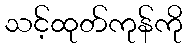
သင့်ထုတ်ကုန်ကို